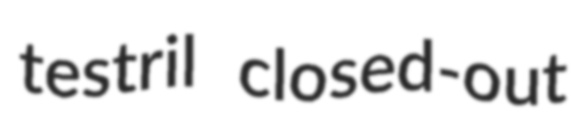
testril closed-out